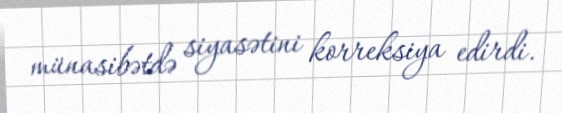
münasibətdə siyasətini korreksiya edirdi.